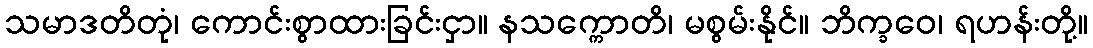
သမာဒတိတုံ၊ ကောင်းစွာထားခြင်းငှာ။ နသက္ကောတိ၊ မစွမ်းနိုင်။ ဘိက္ခဝေ၊ ရဟန်းတို့။